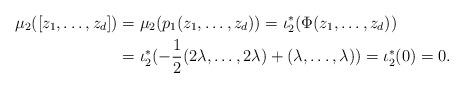
\begin{align*}\mu_2([z_1,\ldots,z_{d}])&=\mu_2(p_1(z_1,\ldots,z_{d}))=\iota_2^{\ast}(\Phi(z_1,\ldots,z_{d}))\\&=\iota_2^{\ast}(-\frac{1}{2}(2\lambda,\ldots,2\lambda)+(\lambda,\ldots,\lambda))=\iota_2^{\ast}(0)=0.\end{align*}